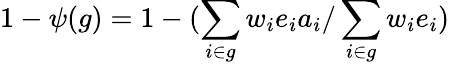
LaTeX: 1-\psi(g)=1-(\sum_{i\in g}w_{i}e_{i}a_{i}/\sum_{i\in g}w_{i}e_{i})